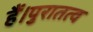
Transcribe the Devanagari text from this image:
हैं।पुरातत्व